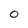
Character: 0